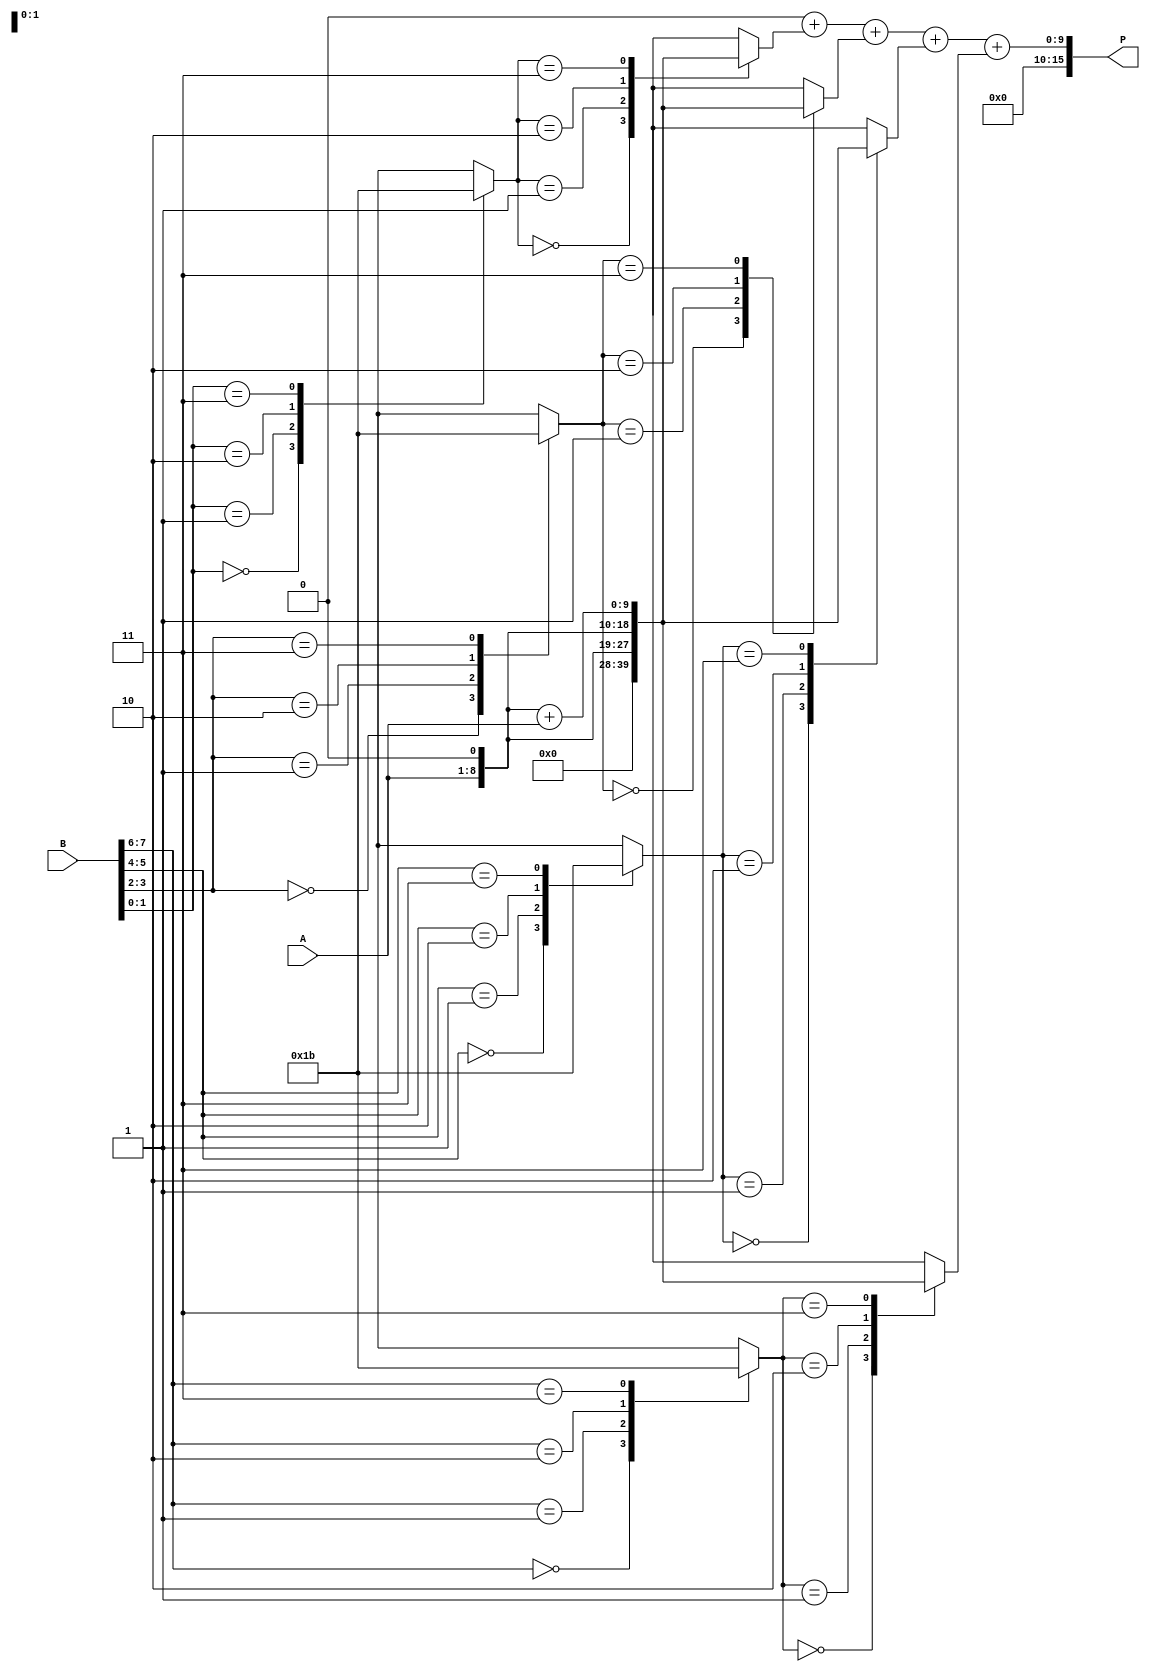
module radix4_multiplier #(
    parameter N = 8  // Bit-width of inputs
)(
    input  [N-1:0] A,  // Multiplicand
    input  [N-1:0] B,  // Multiplier
    output reg [2*N-1:0] P  // Product output
);
    
    reg [N+1:0] pp [0:(N/2)]; // Partial products
    reg [N+1:0] temp_sum;      // Temporary sum for accumulation
    integer i;

    // Function to encode the multiplier bits into Radix-4 encoded values
    function [1:0] booth_encode;
        input [1:0] bits;
        case (bits)
            2'b00: booth_encode = 2'b00;  // 0
            2'b01: booth_encode = 2'b01;  // +1
            2'b10: booth_encode = 2'b10;  // +2
            2'b11: booth_encode = 2'b11;  // +3
            default: booth_encode = 2'b00; // 0
        endcase
    endfunction

    // Generate partial products based on encoded values
    always @(*) begin
        // Initialize partial products to zero
        for (i = 0; i <= N/2; i = i + 1) begin
            pp[i] = 0;
        end

        // Encoding and generating partial products
        for (i = 0; i < N; i = i + 2) begin
            case (booth_encode({B[i + 1], B[i]}))
                2'b00: pp[i/2] = 0;                        // 0
                2'b01: pp[i/2] = {1'b0, A};                // +A
                2'b10: pp[i/2] = {A, 1'b0};                // +2A
                2'b11: pp[i/2] = {A, 1'b0} + A;            // +3A
                2'b11: pp[i/2] = {1'b1, ~A + 1'b1};        // -A (2's complement)
                2'b10: pp[i/2] = {1'b1, ~A + 1'b1, 1'b0}; // -2A (2's complement)
            endcase
        end
    end

    // Accumulate partial products
    always @(*) begin
        temp_sum = 0;
        for (i = 0; i < (N/2); i = i + 1) begin
            temp_sum = temp_sum + pp[i];
        end
        P = temp_sum;  // Assign final product
    end

endmodule